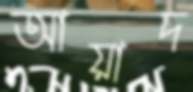
আয়াদ